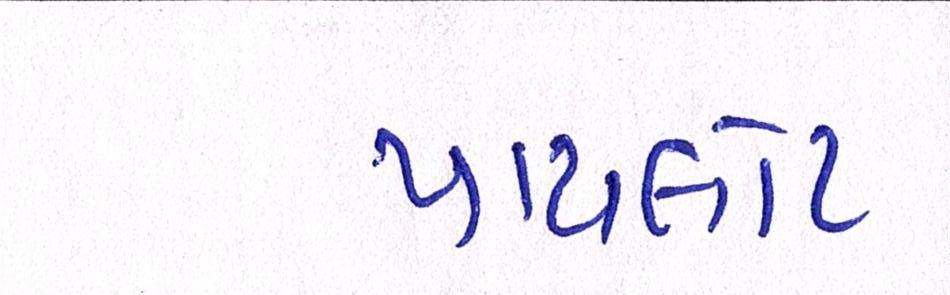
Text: પાયલોટ